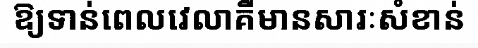
ឱ្យទាន់ពេលវេលាគឺមានសារៈសំខាន់